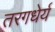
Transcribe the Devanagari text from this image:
तरगधेर्य